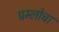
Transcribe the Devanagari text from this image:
प्रम्लोचा